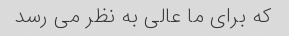
که برای ما عالی به نظر می رسد